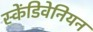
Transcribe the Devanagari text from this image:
स्केंडिवेनियन